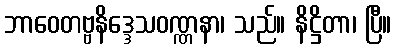
ဘာဝေတဗ္ဗနိဒ္ဒေသဝဏ္ဏနာ၊ သည်။ နိဋ္ဌိတာ၊ ပြီ။